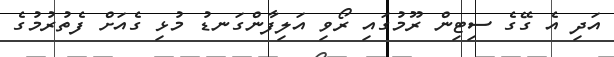
އަދި އެ ގޭގެ ސިޓިން ރޫމުގައި ރޯވި އަލިފާންގަނޑު މުޅި ގެއަށް ފެތުރުމުގެ